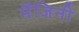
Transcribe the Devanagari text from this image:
मैंजिनी